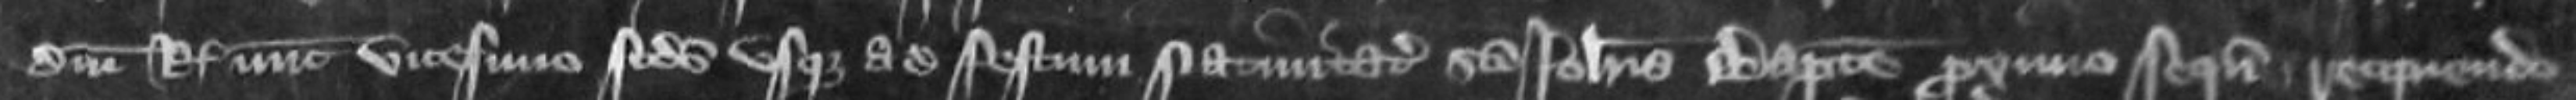
domini regis nunc vicesimo secundo usque ad festum Nativitatis Sancti Johannis Baptiste proximo sequens recipiendo